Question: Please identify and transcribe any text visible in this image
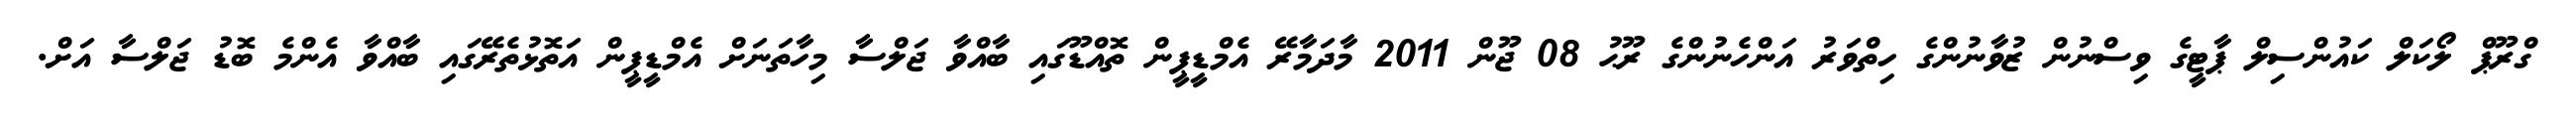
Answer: ގްރޫޕް ލޯކަލް ކައުންސިލް ޕާޓީގެ ވިސްނުން ޒުވާނުންގެ ހިތްވަރު އަންހެނުންގެ ރޫޙު 08 ޖޫން 2011 މާދަމާރޭ އެމްޑީޕީން ތޮއްޑޫގައި ބާއްވާ ޖަލްސާ މިހާތަނަށް އެމްޑީޕީން އަތޮޅުތެރޭގައި ބާއްވާ އެންމެ ބޮޑު ޖަލްސާ އަށް.